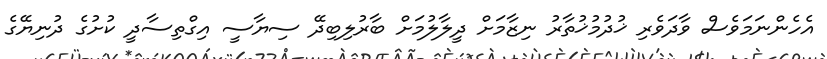
އެހެންނަމަވެސް ވާދަވެރި ޚުދުމުޚުތާރު ނިޒާމަށް ދީލާލުމަށް ބާރުލިބިދޭ ސިޔާސީ އިގްތިސާދީ ކުށުގެ ދުނިޔޭގެ